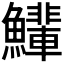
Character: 𫚄